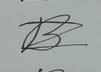
Signature authenticity: forged